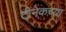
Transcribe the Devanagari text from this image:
टीनेकच्या